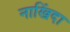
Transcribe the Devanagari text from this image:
नाखिंदा